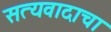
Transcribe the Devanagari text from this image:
सत्यवादाचा